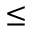
\leq